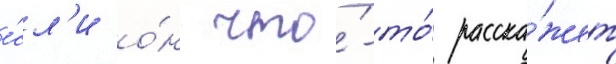
е́сл'и о́н что́-то́ расска́жет